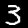
Label: 3